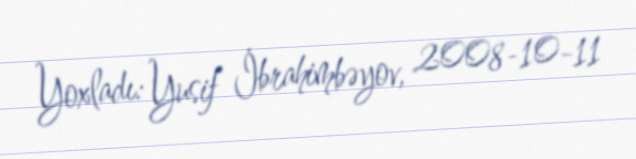
Yoxladı: Yusif İbrahimbəyov, 2008-10-11